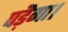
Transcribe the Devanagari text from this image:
पड़ॆगा।